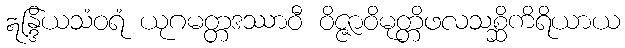
ဣန္ဒြိယသံဝရံ ယုဂမတ္တဒဿာဝီ ဝိဇ္ဇာဝိမုတ္တိဖလသစ္ဆိကိရိယာယ